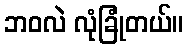
ဘဝလဲ လုံခြုံတယ်။